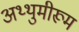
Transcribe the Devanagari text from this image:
अथ्थुमीरूम